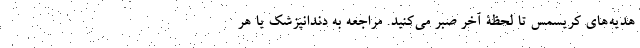
هدیه‌های کریسمس تا لحظۀ آخر صبر می‌کنید. مراجعه به دندانپزشک یا هر